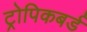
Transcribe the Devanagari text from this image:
ट्रोपिकबर्ड